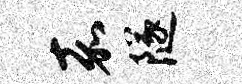
嘉隧